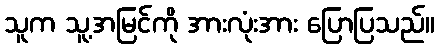
သူက သူ့အမြင်ကို အားလုံးအား ပြောပြသည်။